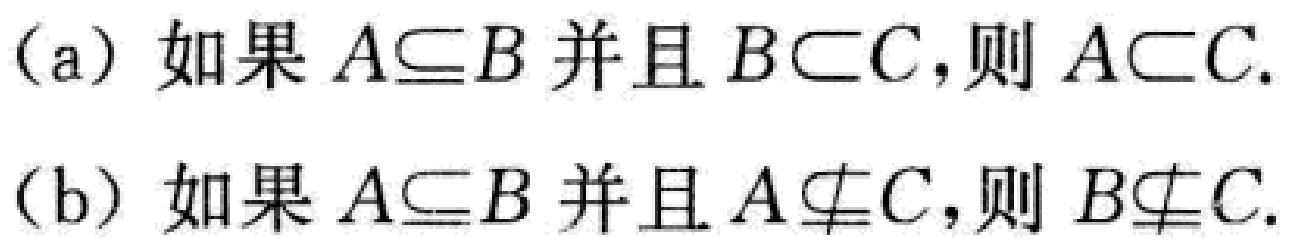
(a) 如果 \(A\subseteq B\) 并且 \(B\subset C\)，则 \(A\subset C\).

(b) 如果 \(A\subseteq B\) 并且 \(A\nsubseteq C\)，则 \(B\nsubseteq C\).